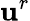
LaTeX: \mathbf{u}^{r}